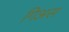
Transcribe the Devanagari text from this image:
गिअस